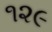
૧૨૯